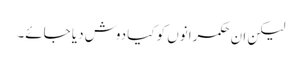
لیکن ان حکمرانوں کو کیا دوش دیا جائے۔